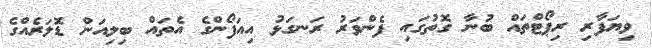
ވިޔަފާރި ރިޕޯޓްތައް ބުނާ ގޮތުގައި ފެންވަރު ރަނގަޅު އިއަފޯންގެ އެތައް ބިލިއަން ޑޮލަރެއްގެ